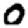
Digit: 0